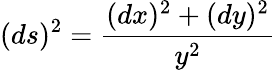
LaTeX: (ds)^{2}={\frac{(dx)^{2}+(dy)^{2}}{y^{2}}}